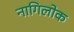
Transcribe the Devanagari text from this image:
नागिलोक